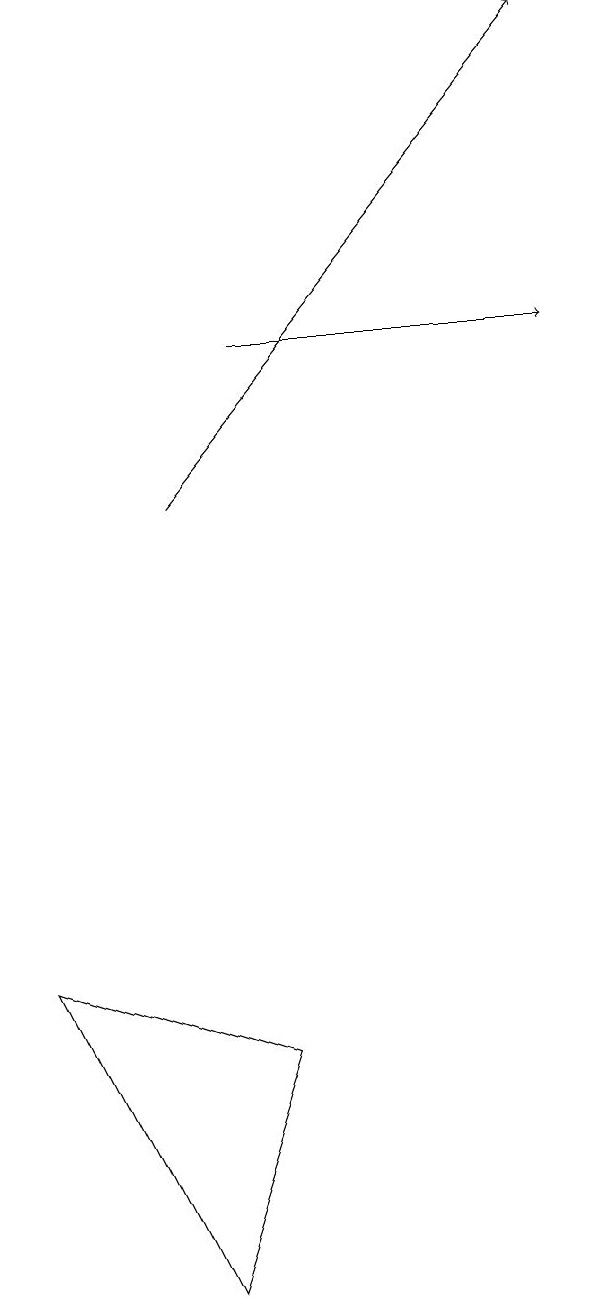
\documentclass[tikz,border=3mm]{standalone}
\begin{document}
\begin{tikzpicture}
\draw (1,7) -- (3,3) -- (4,6) -- cycle;
\draw[->] (3,13) -- (8,19);
\draw[->] (4,15) -- (8,15);
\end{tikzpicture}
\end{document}